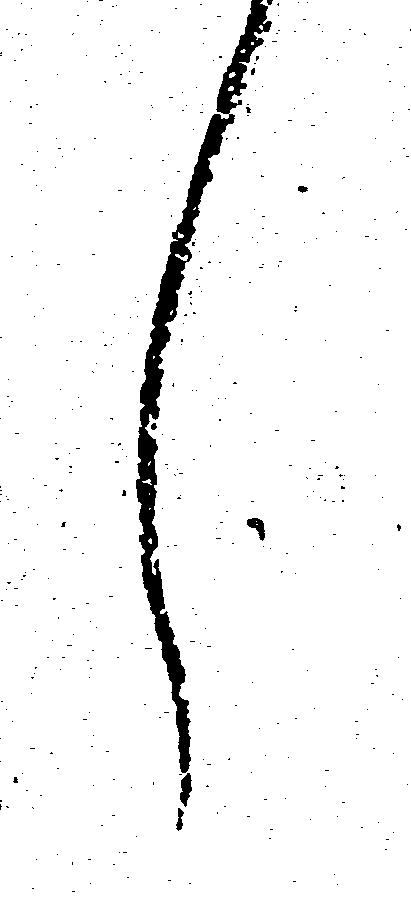
し